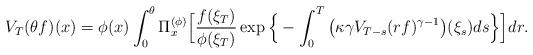
LaTeX: \begin{align*} V_T ( \theta f) ( x) = \phi( x) \int_0^\theta \Pi_x^{(\phi)} \Big[ \frac{ f(\xi_T) } { \phi(\xi_T) } \exp\Big\{ - \int_0^T \big( \kappa \gamma V_{T-s} (r f)^{ \gamma - 1} \big) ( \xi_s) ds\Big\} \Big] dr. \end{align*}